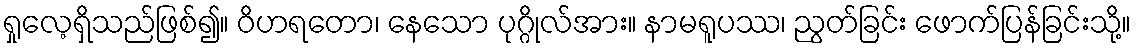
ရှုလေ့ရှိသည်ဖြစ်၍။ ဝိဟရတော၊ နေသော ပုဂ္ဂိုလ်အား။ နာမရူပဿ၊ ညွတ်ခြင်း ဖောက်ပြန်ခြင်းသို့။